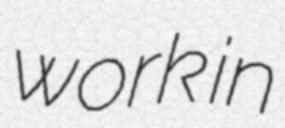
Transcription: work in